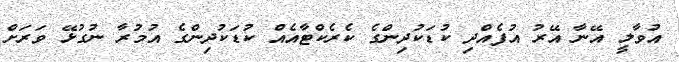
އުވާލީ އޭނާ އޭރު އުފެއްދި ކުޑަކުދިންގެ ކެރެކްޓާއެއް ކުޑަކުދިންގެ އުމުރާ ނުގުޅޭ ވަރަށް